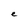
Character: e